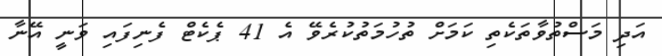
އަދި މަސްތުވާތަކެތި ކަމަށް ތުހުމަތުކުރެވޭ އެ 41 ޕެކެޓް ފެނިފައި ވަނީ އޭނާ